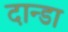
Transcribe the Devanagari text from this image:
दान्डा